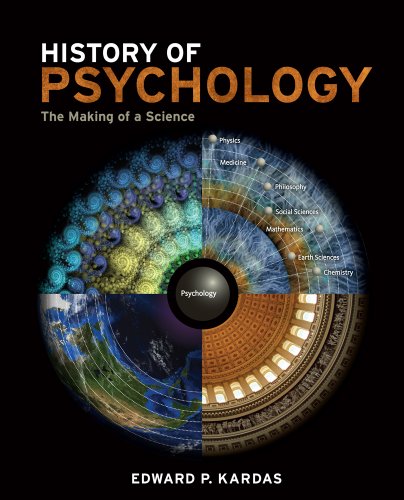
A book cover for History of Psychology: The Making of a Science (Explore Our New Psychology 1st Editions); Edward P. Kardas; Medical Books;